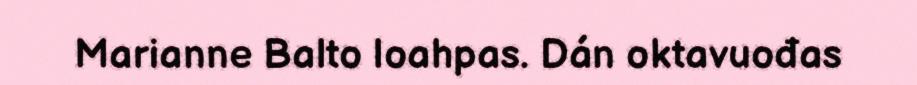
Marianne Balto loahpas. Dán oktavuođas